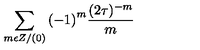
\sum _ { m \epsilon Z / ( 0 ) } { ( - 1 ) } ^ { m } \frac { ( 2 \tau ) ^ { - m } } { m }